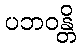
ပဘဝန္တိ